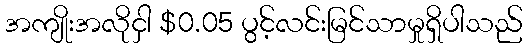
အကျိုးအလိုငှါ $0.05 ပွင့်လင်းမြင်သာမှုရှိပါသည်